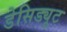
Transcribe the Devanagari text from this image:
डेसिड्यूट